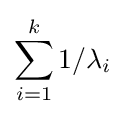
\sum _{i=1}^{k}1/\lambda _{i}